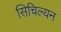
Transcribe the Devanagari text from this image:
सिचिल्यन